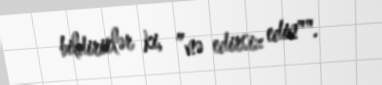
bildirirlər ki, ”nə edirsiz edin"".